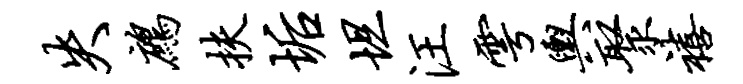
失鹧扶垢坦汪雩舆聚禧